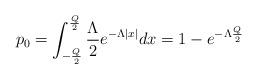
LaTeX: \begin{align*}p_0 = \int_{-\frac{Q}{2}}^{\frac{Q}{2}} \frac{\Lambda}{2}e^{-\Lambda \vert x \vert} dx = 1-e^{-\Lambda\frac{Q}{2}}\end{align*}